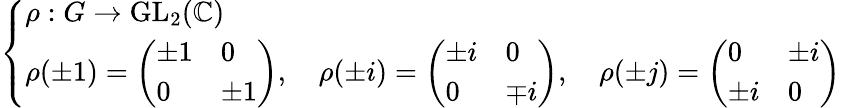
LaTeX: \left\{ \begin{array}{ll}{\rho:G\to{\mathrm{GL}}_{2}(\mathbb{C})}\\ {\rho(\pm 1)={\left(\begin{array}{ll}{\pm 1}&{0}\\ {0}&{\pm 1}\end{array}\right)},\quad\rho(\pm i)={\left(\begin{array}{ll}{\pm i}&{0}\\ {0}&{\mp i}\end{array}\right)},\quad\rho(\pm j)={\left(\begin{array}{ll}{0}&{\pm i}\\ {\pm i}&{0}\end{array}\right)}}\end{array}\right.